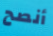
أنصح